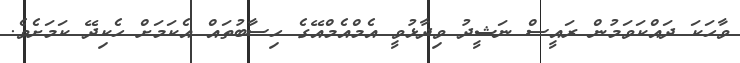
ވާހަކަ ދައްކަވަމުން ރައީސް ނަޝީދު ވިދާޅުވީ އެމްއެމްއޭގެ ހިިސާބުތައް އެކަމަށް ހެކިދޭ ކަމަށެވެ.